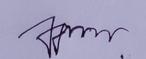
Signature authenticity: genuine